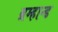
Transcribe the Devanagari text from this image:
ब्रम्हान्ड